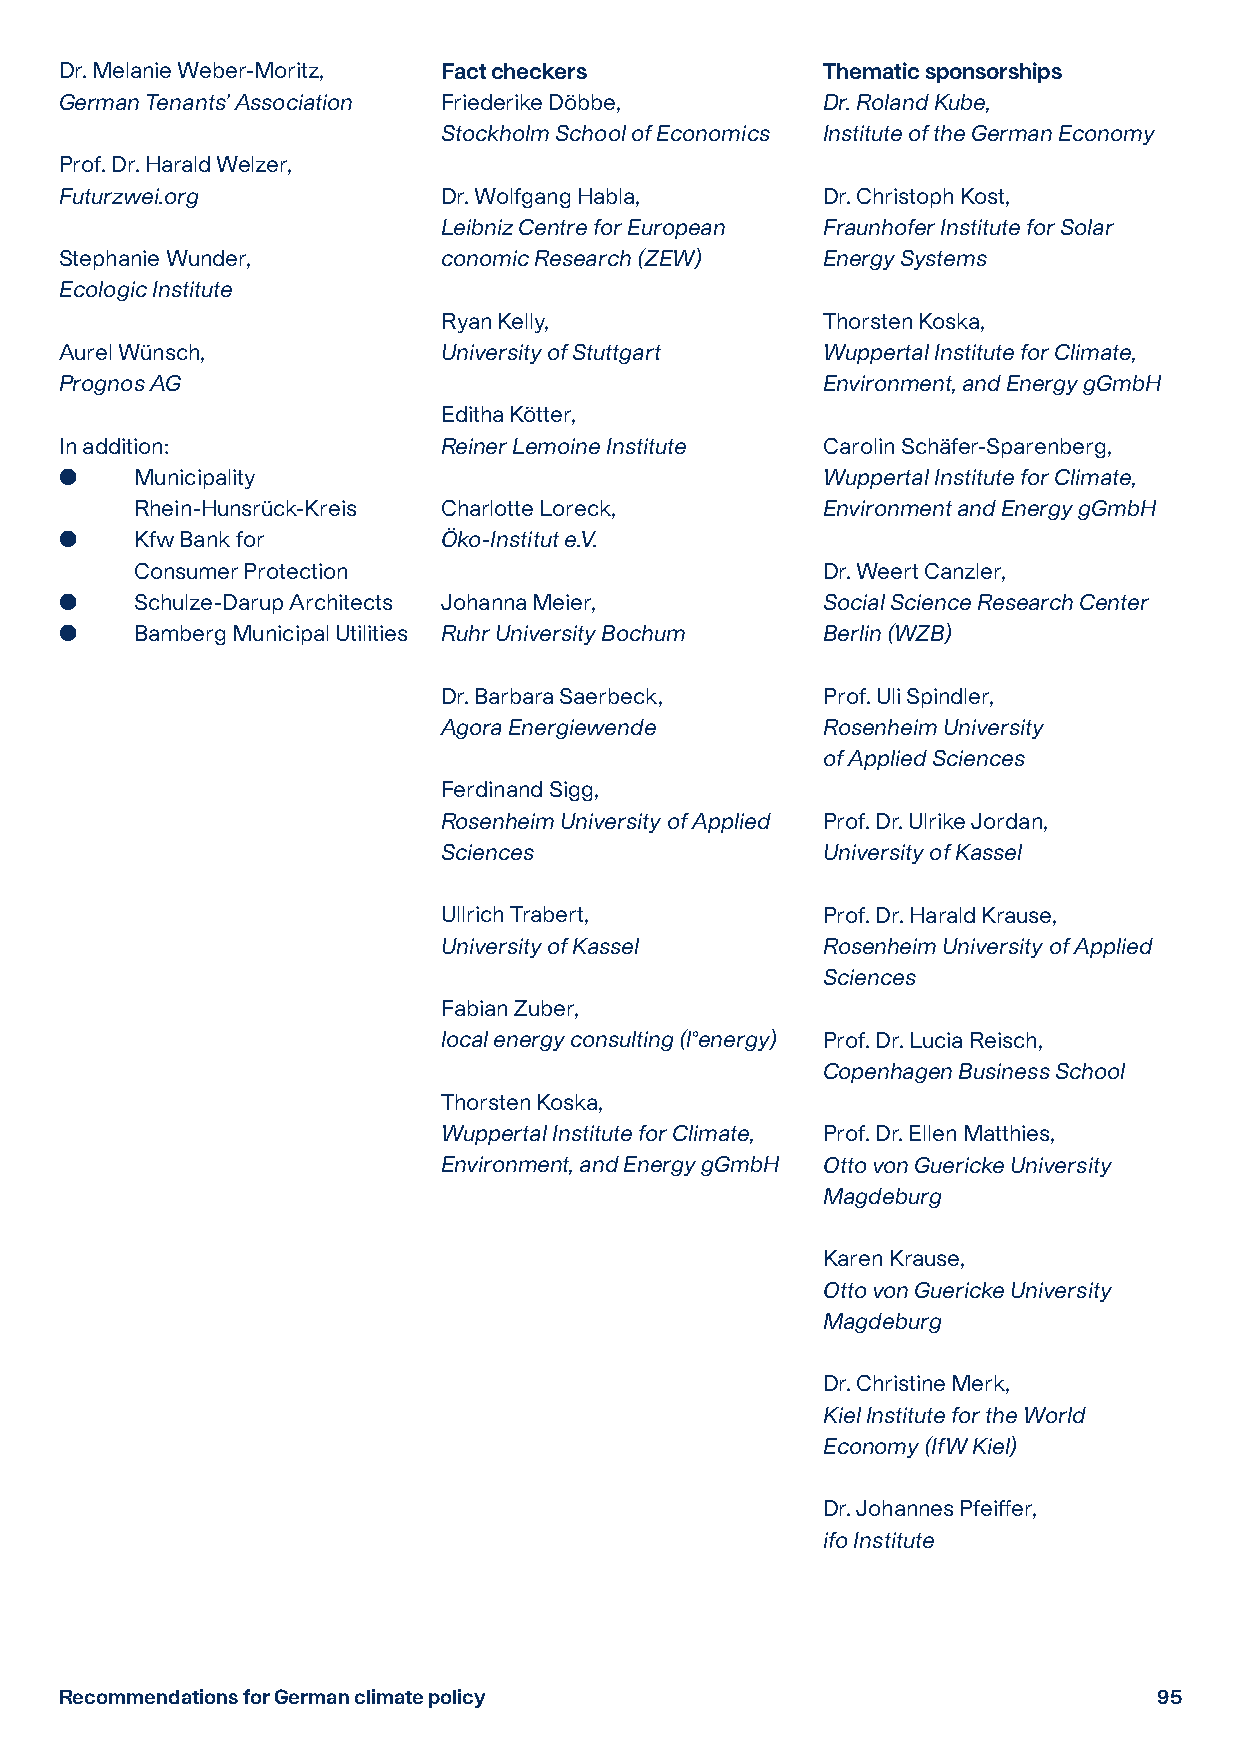
Dr. Melanie Weber-Moritz, Fact checkers           Thematic sponsorships
 German Tenants’ Association Friederike Döbbe,     Dr. Roland Kube,
 Stockholm School of Economics Institute of the German Economy
 Prof. Dr. Harald Welzer,
 Futurzwei.org            Dr. Wolfgang Habla,      Dr. Christoph Kost,
 Leibniz Centre for European Fraunhofer Institute for Solar
 Stephanie Wunder,        conomic Research (ZEW)   Energy Systems
 Ecologic Institute
 Ryan Kelly,              Thorsten Koska,
 Aurel Wünsch,            University of Stuttgart  Wuppertal Institute for Climate,
 Prognos AG                                        Environment, and Energy gGmbH
 Editha Kötter,
 In addition:             Reiner Lemoine Institute Carolin Schäfer-Sparenberg,
     Municipality                                 Wuppertal Institute for Climate,
 Rhein-Hunsrück-Kreis Charlotte Loreck,       Environment and Energy gGmbH
     Kfw Bank for        Öko-Institut e.V.
 Consumer Protection                          Dr. Weert Canzler,
     Schulze-Darup Architects Johanna Meier,      Social Science Research Center
     Bamberg Municipal Utilities Ruhr University Bochum Berlin (WZB)
 Dr. Barbara Saerbeck,    Prof. Uli Spindler,
 Agora Energiewende       Rosenheim University
 of Applied Sciences
 Ferdinand Sigg,
 Rosenheim University of Applied Prof. Dr. Ulrike Jordan,
 Sciences                 University of Kassel
 Ullrich Trabert,         Prof. Dr. Harald Krause,
 University of Kassel     Rosenheim University of Applied
 Sciences
 Fabian Zuber,
 local energy consulting (l°energy) Prof. Dr. Lucia Reisch,
 Copenhagen Business School
 Thorsten Koska,
 Wuppertal Institute for Climate, Prof. Dr. Ellen Matthies,
 Environment, and Energy gGmbH Otto von Guericke University
 Magdeburg
 Karen Krause,
 Otto von Guericke University
 Magdeburg
 Dr. Christine Merk,
 Kiel Institute for the World
 Economy (IfW Kiel)
 Dr. Johannes Pfeiffer,
 ifo Institute
 Recommendations for German climate policy                                9955